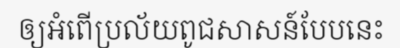
ឲ្យអំពើប្រល័យពូជសាសន៍បែបនេះ